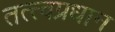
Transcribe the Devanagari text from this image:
तत्त्वप्रधान